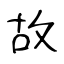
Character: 故